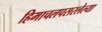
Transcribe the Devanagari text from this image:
हिमाचलपसरलेल्या